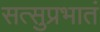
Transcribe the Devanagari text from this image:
सत्सुप्रभातं